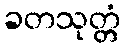
ခတသုတ္တံ